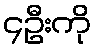
၄ဦးကို